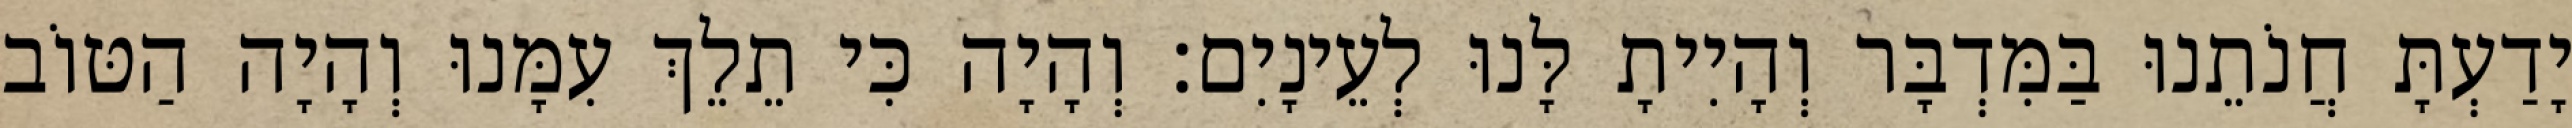
יָדַעְתָּ חֲנֹתֵנוּ בַּמִּדְבָּר וְהָיִיתָ לָּנוּ לְעֵינָיִם׃ וְהָיָה כִּי תֵלֵךְ עִמָּנוּ וְהָיָה הַטּוֹב